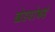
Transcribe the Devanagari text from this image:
खेडयांकडे